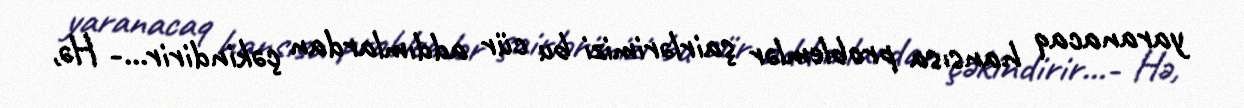
yaranacaq hansısa problemlər şairlərimizi bu cür addımlardan çəkindirir...- Hə,